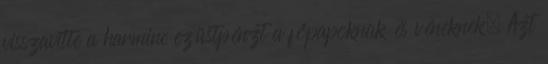
visszavitte a harminc ezüstpénzt a főpapoknak és véneknek. Azt